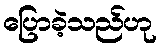
ပြောခဲ့သည်ဟု